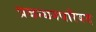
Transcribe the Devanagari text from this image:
प्रबन्धनपरिषद